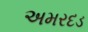
અમરદડ